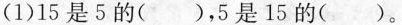
(1)15是5的( )，5是15的 （ )。